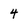
Character: 4